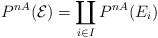
\begin{align*}P^{nA}(\mathcal{E}) = \coprod_{i \in I} P^{nA}(E_{i})\end{align*}